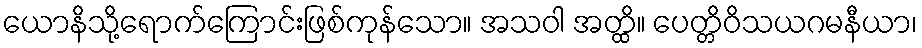
ယောနိသို့ရောက်ကြောင်းဖြစ်ကုန်သော။ အသဝါ အတ္ထိ။ ပေတ္တိဝိသယဂမနီယာ၊